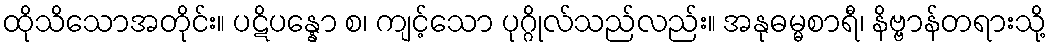
ထိုသိသောအတိုင်း။ ပဋိပန္နော စ၊ ကျင့်သော ပုဂ္ဂိုလ်သည်လည်း။ အနုဓမ္မစာရီ၊ နိဗ္ဗာန်တရားသို့